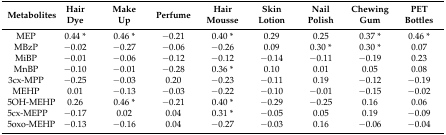
<table><thead><tr><td><b>Metabolites</b></td><td><b>Hair Dye</b></td><td><b>Make Up</b></td><td><b>Perfume</b></td><td><b>Hair Mousse</b></td><td><b>Skin Lotion</b></td><td><b>Nail Polish</b></td><td><b>Chewing Gum</b></td><td><b>PET Bottles</b></td></tr></thead><tbody><tr><td>MEP</td><td>0.44 *</td><td>0.46 *</td><td>−0.21</td><td>0.40 *</td><td>0.29</td><td>0.25</td><td>0.37 *</td><td>0.46 *</td></tr><tr><td>MBzP</td><td>−0.02</td><td>−0.27</td><td>−0.06</td><td>−0.26</td><td>0.09</td><td>0.30 *</td><td>0.30 *</td><td>0.07</td></tr><tr><td>MiBP</td><td>−0.01</td><td>−0.06</td><td>−0.12</td><td>−0.12</td><td>−0.14</td><td>−0.11</td><td>−0.19</td><td>0.23</td></tr><tr><td>MnBP</td><td>−0.10</td><td>−0.01</td><td>−0.28</td><td>0.36 *</td><td>0.10</td><td>0.01</td><td>0.05</td><td>0.08</td></tr><tr><td>3cx-MPP</td><td>−0.25</td><td>−0.03</td><td>0.20</td><td>−0.23</td><td>−0.11</td><td>0.19</td><td>−0.12</td><td>−0.19</td></tr><tr><td>MEHP</td><td>0.01</td><td>−0.13</td><td>−0.03</td><td>−0.22</td><td>−0.10</td><td>−0.01</td><td>−0.15</td><td>−0.02</td></tr><tr><td>5OH-MEHP</td><td>0.26</td><td>0.46 *</td><td>−0.21</td><td>0.40 *</td><td>−0.29</td><td>−0.25</td><td>0.16</td><td>0.06</td></tr><tr><td>5cx-MEPP</td><td>−0.17</td><td>0.02</td><td>0.04</td><td>0.31 *</td><td>−0.05</td><td>0.05</td><td>0.19</td><td>−0.09</td></tr><tr><td>5oxo-MEHP</td><td>−0.13</td><td>−0.16</td><td>0.04</td><td>−0.27</td><td>−0.03</td><td>0.16</td><td>−0.06</td><td>−0.04</td></tr></tbody></table>